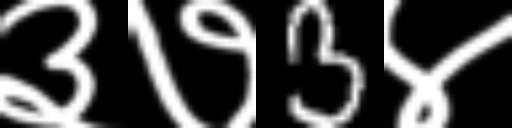
Text: ३७3४